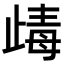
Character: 𣥽